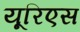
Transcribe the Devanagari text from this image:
यूरिएस